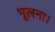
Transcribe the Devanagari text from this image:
भूलना।